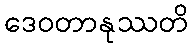
ဒေဝတာနုဿတိ